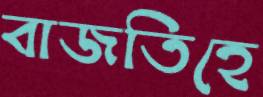
বাজতিহে